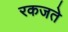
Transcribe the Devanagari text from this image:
रकजते